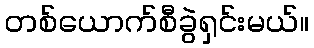
တစ်ယောက်စီခွဲရှင်းမယ်။